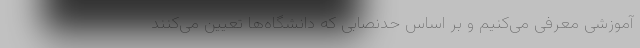
آموزشی معرفی می‌کنیم و بر اساس حدنصابی که دانشگاه‌ها تعیین می‌کنند